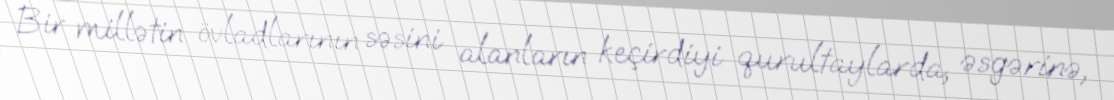
Bir millətin övladlarının səsini alanların keçirdiyi qurultaylarda, əsgərinə,